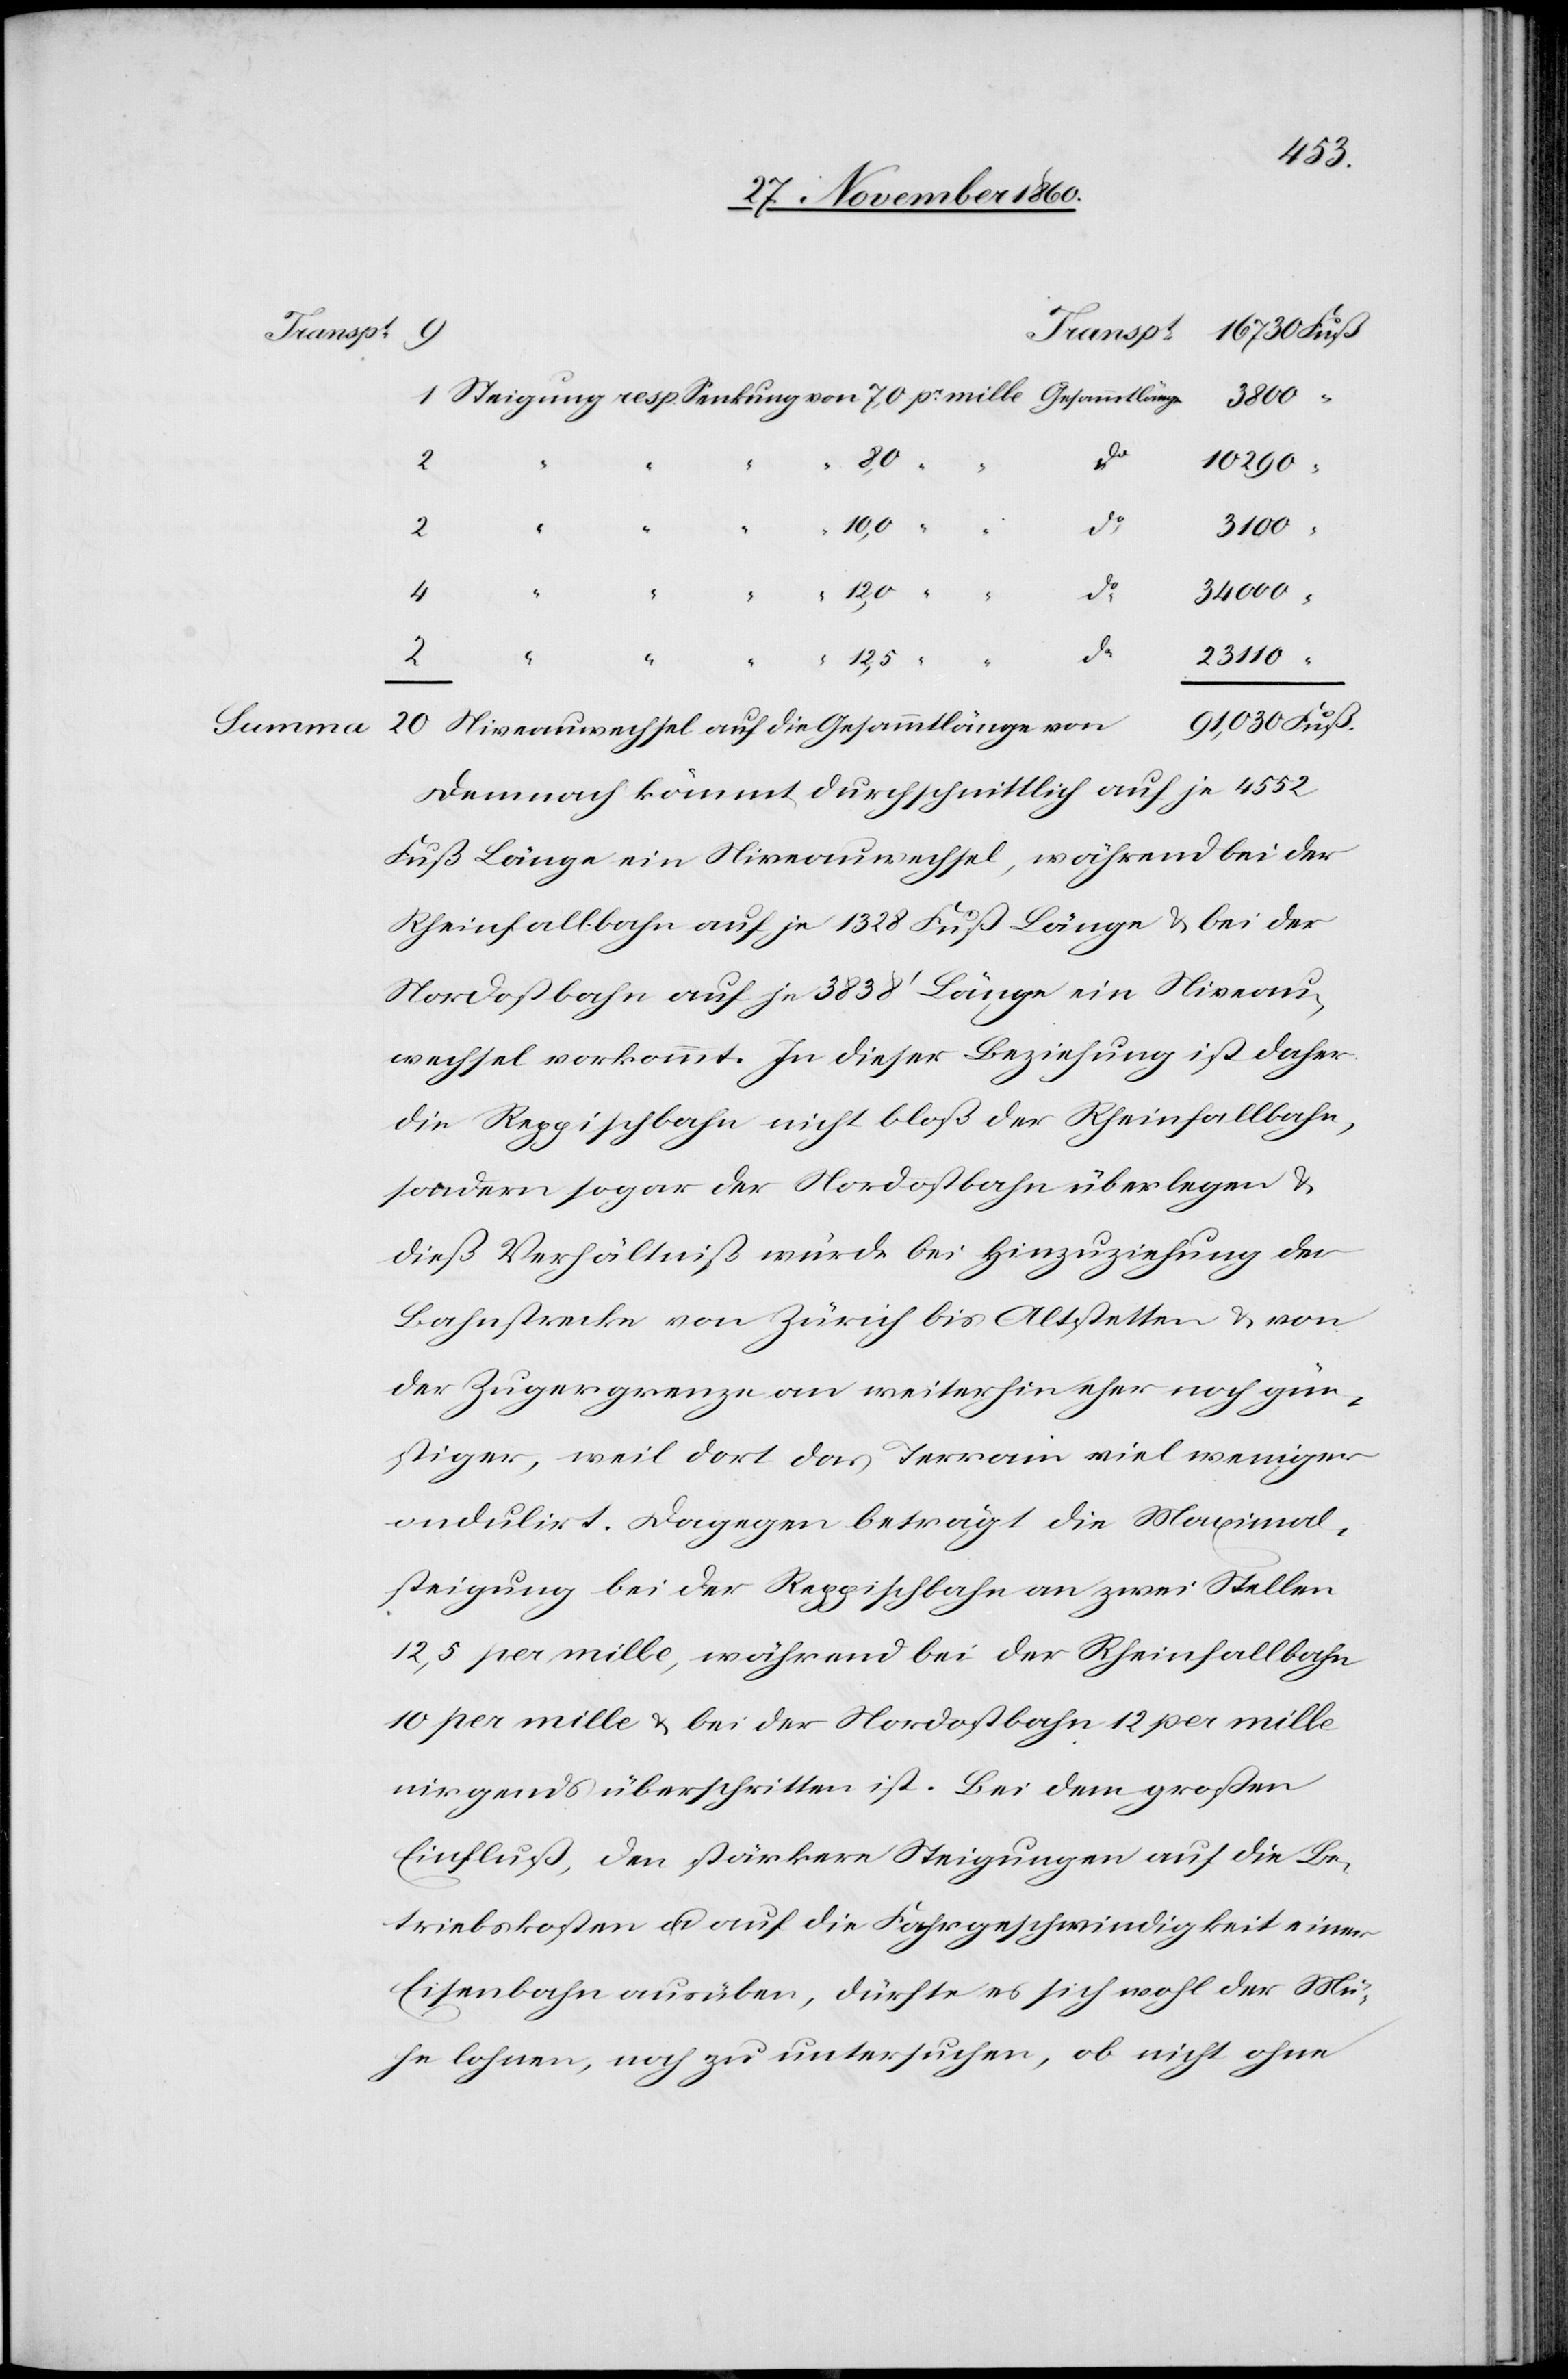
3800
20
do
10 290
23 110
2
34 000
4
mtlänge
Fuß
Summa
Demnach kömmt durchschnittlich auf je 4552
Fuß Länge ein Niveauwechsel, während bei der
Rheinfallbahn auf je 1328 Fuß Länge u. bei der
Nordostbahn auf je 3838’ Länge ein Niveau¬
wechsel vorkommt. In dieser Beziehung ist daher
die Reppischbahn nicht bloß der Rheinfallbahn,
sondern sogar der Nordostbahn überlegen u.
dieß Verhältniß würde bei Hinzuziehung der
Bahnstrecke von Zürich bis Altstetten u. von
der Zugergrenze an weiterhin eher noch gün¬
stiger, weil dort das Terrain viel weniger
ondulirt. Dagegen beträgt die Maximal¬
steigung bei der Reppischbahn an zwei Stellen
12,5 per mille, während bei der Rheinfallbahn
10 per mille u. bei der Nordostbahn 12 per mille
nirgends überschritten ist. Bei dem großen
Einfluß, den stärkere Steigungen auf die Be¬
triebskosten u. auf die Fahrgeschwindigkeit einer
Eisenbahn ausüben, dürfte es sich wohl der Mü¬
he lohnen, noch zu untersuchen, ob nicht ohne